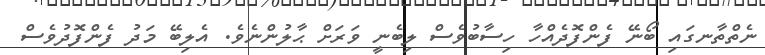
ނެތްތާނގައި ބޯނޭ ފެންފޮދެއްހާ ހިސާބުވެސް ލިބެނީ ވަރަށް ޙާލުންނެވެ. އެލިބޭ މަދު ފެންފޮދުވެސް